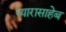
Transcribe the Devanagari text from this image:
प्यारासाहेब